Vaccination report Assam 1874-1896 - 1874-1896
Year: 1874
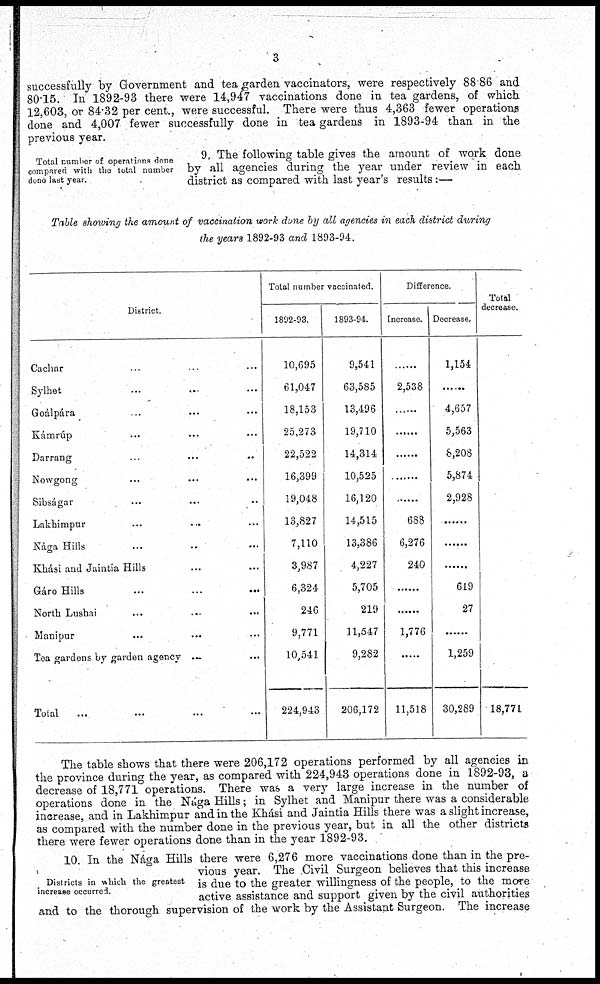
3
successfully by Government and tea garden vaccinators, were respectively 88 86 and
80.15. In 1892-93 there were 14,947 vaccinations done in tea gardens, of which
12,603, or 84.32 per cent., were successful. There were thus 4,363 fewer operations
done and 4,007 fewer successfully done in tea gardens in 1893-94 than in the
previous year.
Total number of operations done
compared with the total number
done last year.
9. The following table gives the amount of work done
by all agencies during the year under review in each
district as compared with last year's results:—
Table showing the amount of vaccination work done by all agencies in each district during
the years 1892-93 and 1893-94.
District.
Cachar ... ... ...
Sylhet ... ... ...
Goálpára ... ... ...
Kámrúp ... ... ...
Darrang ... ... ...
Nowgong ... ... ...
Sibságar ... ... ...
Lakhimpur
...
... ...
Nága Hills ... ... ...
Khási and Jaintia Hills ... ...
Gáro Hills
...
...
...
North Lushai ... ... ...
Manipur ... ... ...
Tea gardens by garden agency ...
...
Total
... ... ... ...
Total number vaccinated.
1892-93.
10,695
61,047
18,153
25,273
22,522
16,399
19,048
13,827
7,110
3,987
6,324
246
9,771
10,541
224,943
1893-94.
9,541
63,585
13,496
19,710
14,314
10,525
16,120
14,515
13,386
4,227
5,705
219
11,547
9,282
206,172
Difference.
Increase.
......
2,538
......
......
......
......
......
688
6,276
240
......
......
1,776
......
11,518
Decrease.
1,154
......
4,657
5,563
8,208
5,874
2,928
......
......
......
619
27
......
1,259
30,289
Total
decrease.
18,771
The table shows that there were 206,172 operations performed by all agencies in
the province during the year, as compared with 224,943 operations done in 1892-93, a
decrease of 18,771 operations. There was a very large increase in the number of
operations done in the Nága Hills; in Sylhet and Manipur there was a considerable
increase, and in Lakhimpur and in the Khási and Jaintia Hills there was a slight increase,
as compared with the number done in the previous year, but in all the other districts
there were fewer operations done than in the year 1892-93.
Districts in which the greatest
increase occurred.
10. In the Nága Hills there were 6,276 more vaccinations done than in the pre-
vious year. The Civil Surgeon believes that this increase
is due to the greater willingness of the people, to the more
active assistance and support given by the civil authorities
and to the thorough supervision of the work by the Assistant Surgeon. The increase